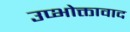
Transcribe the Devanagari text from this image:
उप्भोक्तावाद